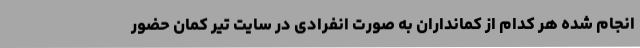
انجام شده هر کدام از کمانداران به صورت انفرادی در سایت تیر کمان حضور